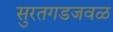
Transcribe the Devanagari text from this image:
सुरतगडजवळ